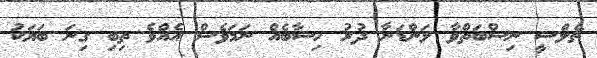
ޗެލްސީ ނިސްބަތްވާ ލަންޑަނާ ދުރު ހިސާބެއް ނަމަވެސް އެއްވެ ތިބި ގިނަ ބަޔަކު